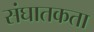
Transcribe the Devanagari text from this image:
संघातकता